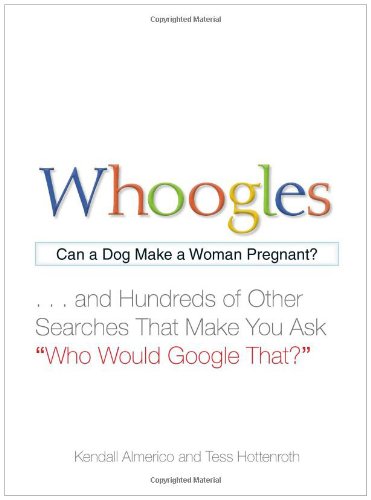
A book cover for Whoogles: Can a Dog Make a Woman Pregnant - And Hundreds of Other Searches That Make You Ask "Who Would Google That?"; Kendall Almerico; Humor & Entertainment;